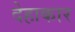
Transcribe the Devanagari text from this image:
देहाकार